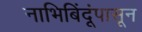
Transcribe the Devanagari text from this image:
नाभिबिंदूंपासून